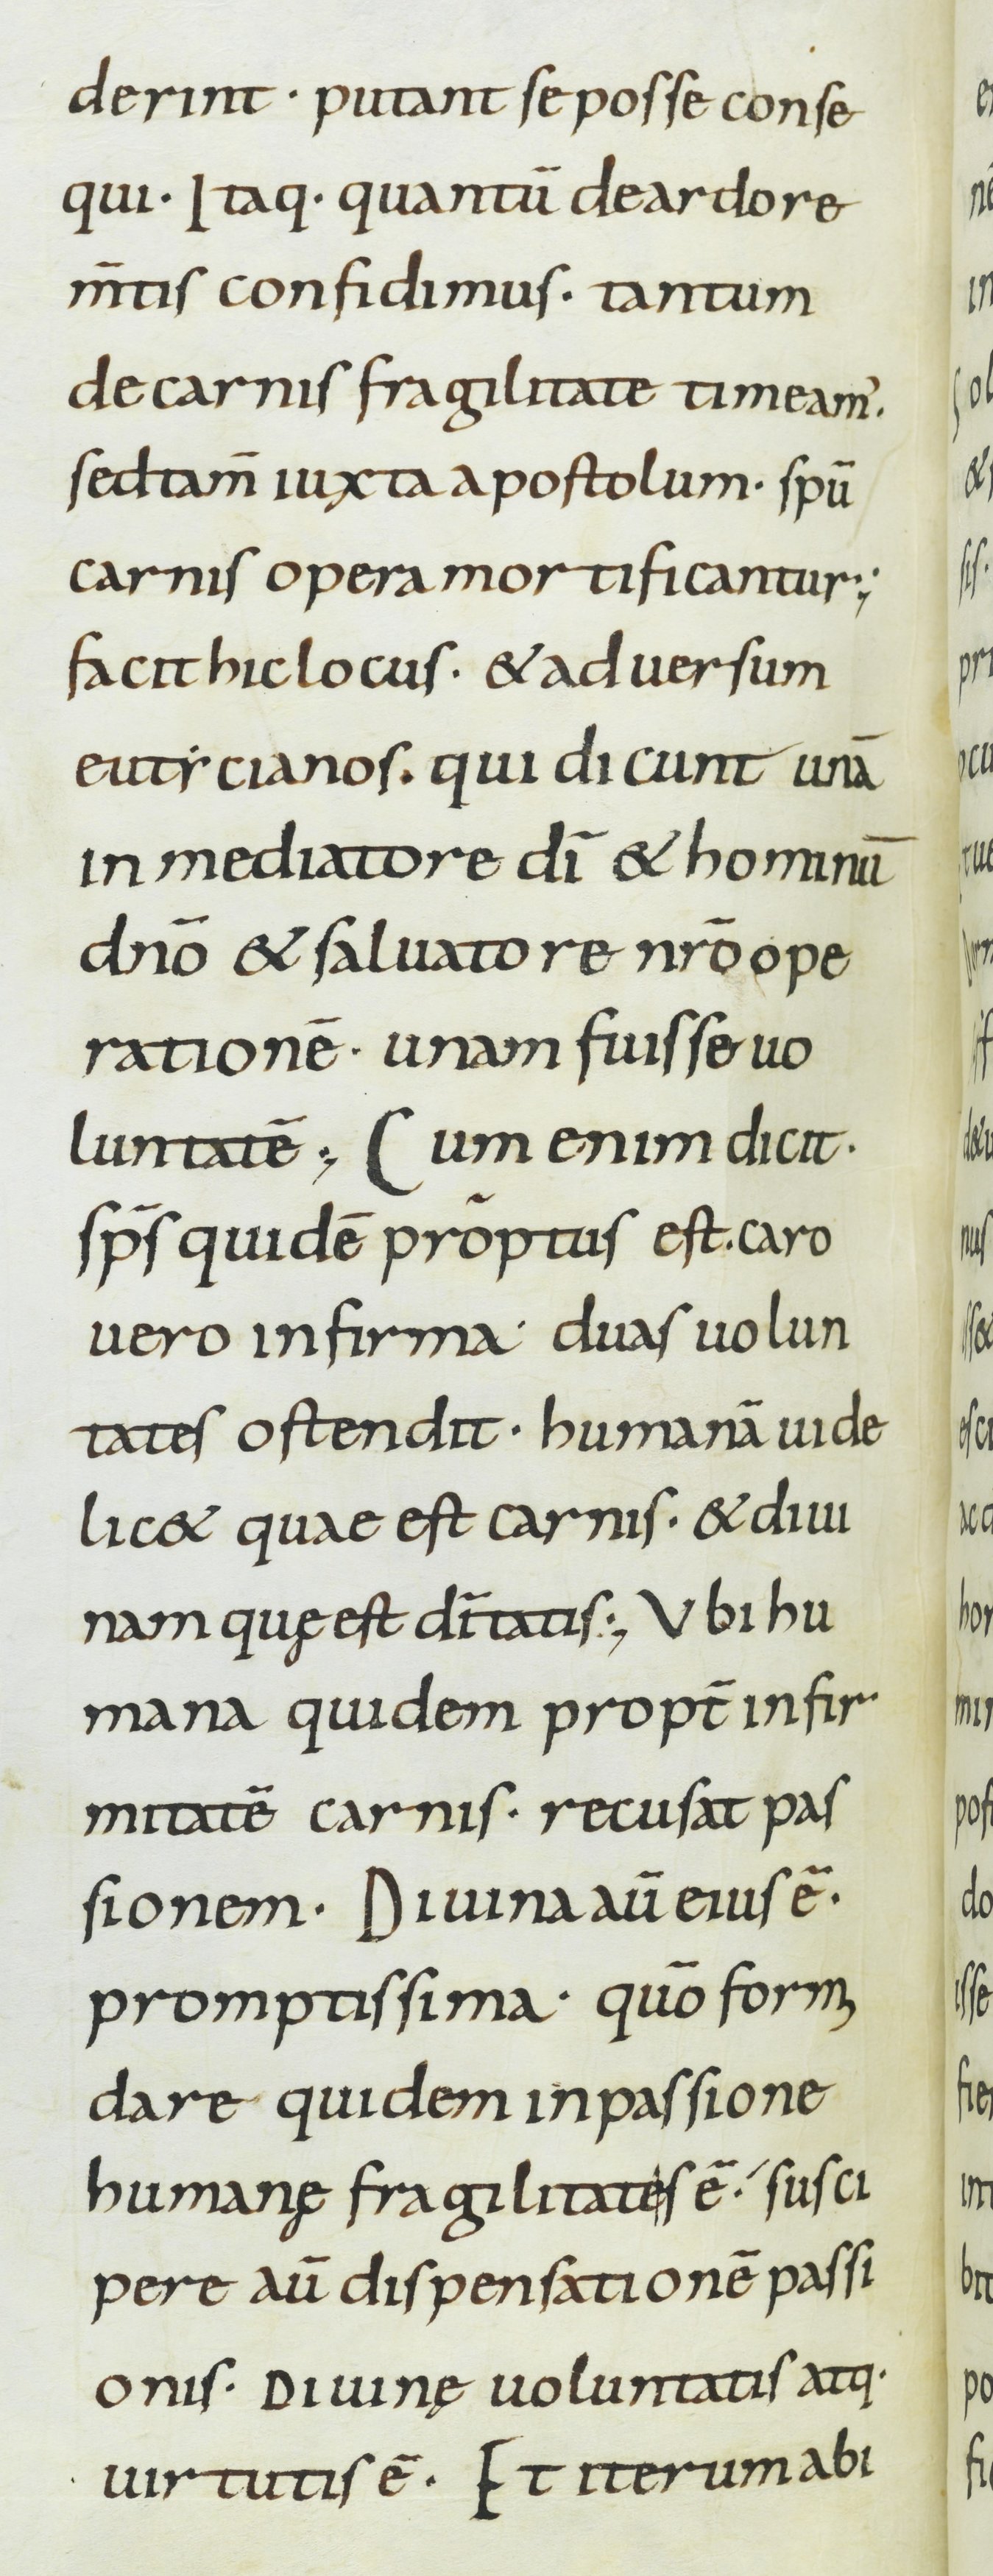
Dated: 800–899